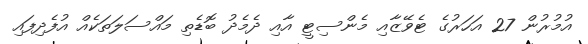
އުމުރުން 27 އަހަރުގެ ޓެވޭޒާއި މެންސިޓީ އާއި ދެމެދު ބޮޑެތި މައްސަލަތަކެއް އުފެދިފައި